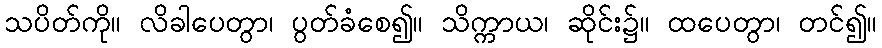
သပိတ်ကို။ လိခါပေတွာ၊ ပွတ်ခံစေ၍။ သိက္ကာယ၊ ဆိုင်း၌။ ထပေတွာ၊ တင်၍။